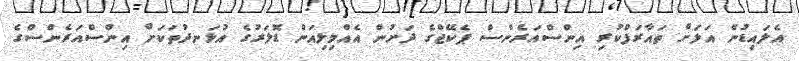
އެލައިޑުން އަލަށް ތައާރަފްކުރި އިންސްއަރެންސް ޕެކޭޖްގެ ދަށުން އެއްމިލިއަން ޑޮލަރުގެ އުޅަނދުތަކަށް އިންސްއަރެންސްގެ